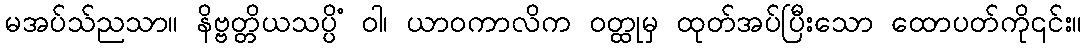
မအပ်သ်ညသာ။ နိဗ္ဗတ္တိယသပ္ပိံ ဝါ၊ ယာဝကာလိက ဝတ္ထုမှ ထုတ်အပ်ပြီးသော ထောပတ်ကို၎င်း။